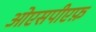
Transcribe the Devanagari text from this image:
ओएसपीएफ़